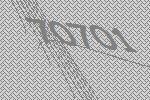
70701